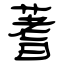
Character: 蓍